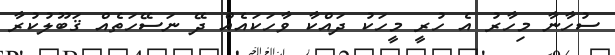
ސުހާނާ މިހާރު އެ ހުރީ މީހަކު ދައްކާ ވާހަކައެއް ދޭ ނަސޭހަތެއް ޤަބޫލުކުރާ